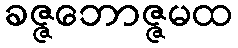
ခဇ္ဇဘောဇ္ဇမထ